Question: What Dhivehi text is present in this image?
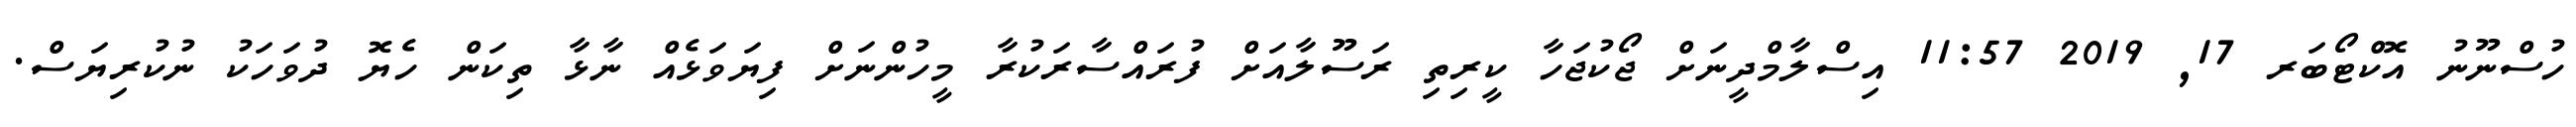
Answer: ހުސްނޫނު އޮކްޓޯބަރ 17, 2019 11:57 އިސްލާމްދީނަށް ޖޯކުޖަހާ ކީރިތި ރަސޫލާއަށް ފުރައްސާރަކުރާ މީހުންނަށް ފިޔަވަޅެއް ނާޅާ ތިކަން ހެޔޮ ދުވަހަކު ނުކުރިޔަސް.